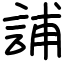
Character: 誧